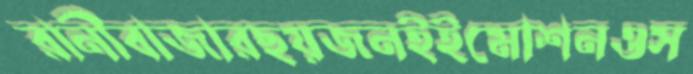
রানীবাজারছয়জনইইমোশনওস